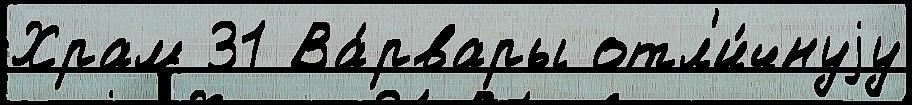
Храм 31 Ва́рвары отл'и́чнуjу